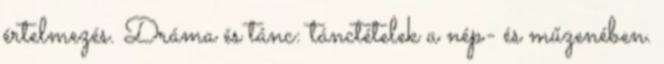
értelmezés. Dráma és tánc: tánctételek a nép- és műzenében.